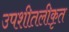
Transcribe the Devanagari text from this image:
उपशीतलीकृत